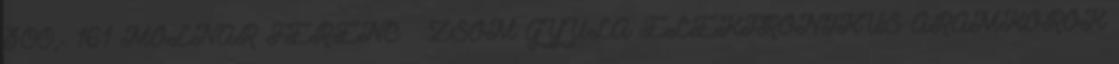
300,- 161 MOLNÁR FERENC – ZSOM GYULA ELEKTRONIKUS ÁRAMKÖRÖK